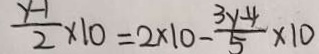
\frac { y - 1 } { 2 } \times 1 0 = 2 \times 1 0 - \frac { 3 y - 4 } { 5 } \times 1 0